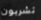
تشربون